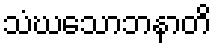
သံဃသောဘနာတိ